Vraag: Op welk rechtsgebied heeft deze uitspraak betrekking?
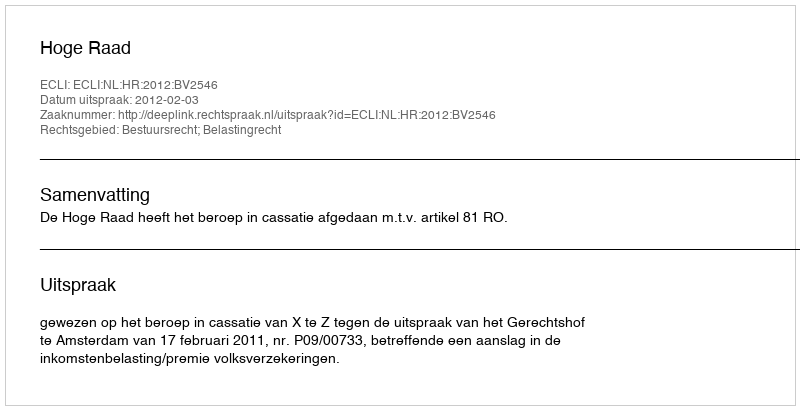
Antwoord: Bestuursrecht; Belastingrecht